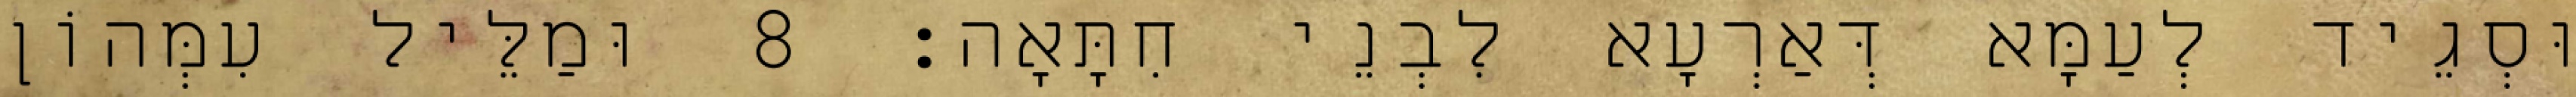
וּסְגֵיד לְעַמָּא דְּאַרְעָא לִבְנֵי חִתָּאָה׃ 8 וּמַלֵּיל עִמְּהוֹן